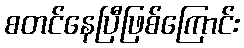
စတင်နေပြီဖြစ်ကြောင်း